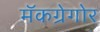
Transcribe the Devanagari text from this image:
मॅकग्रेगोर